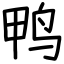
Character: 鸭